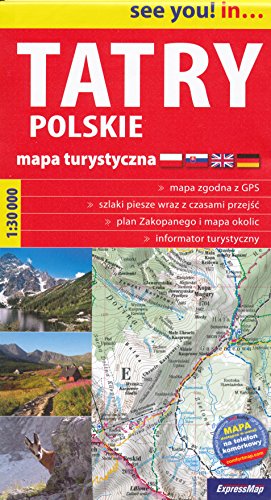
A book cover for Tatra Mountains (Poland) 1:30,000 Hiking Map, GPS-precise; ExpressMap; Travel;